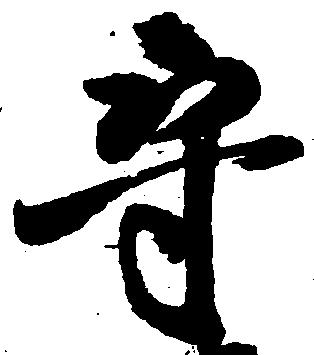
守